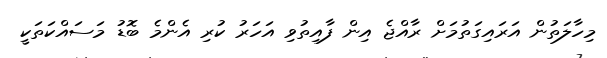
މިހާލަތުން އަރައިގަތުމަށް ރާއްޖެ އިން ފާއިތުވި އަހަރު ކުރި އެންމެ ބޮޑު މަސައްކަތަކީ